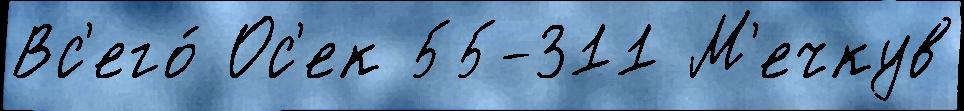
Вс'его́ Ос'ек 55-311 М'ечкув